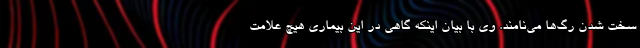
سخت شدن رگ‌ها می‌نامند. وی با بیان اینکه گاهی در این بیماری هیچ علامت